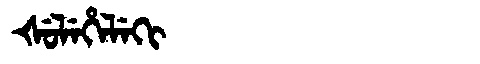
Manchu: ᡧᡠᠯᡝᡥᡝᠯᡝᡴᡳ
Romanization: ŠULEHELEKI